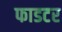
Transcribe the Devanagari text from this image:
फाडटर